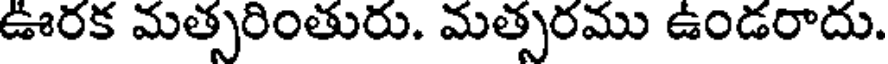
ఊరక మత్సరింతురు. మత్సరము ఉండరాదు.